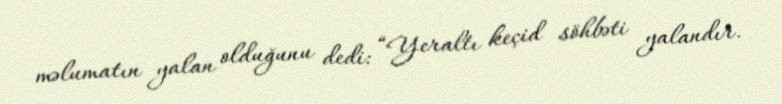
məlumatın yalan olduğunu dedi: “Yeraltı keçid söhbəti yalandır.